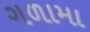
ગળામા